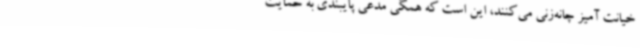
خیانت آمیز چانه‌زنی می‌کنند، این است که همگی مدعی پایبندی به حمایت